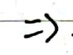
$\Rightarrow$